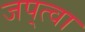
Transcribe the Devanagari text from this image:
जप्‌त्वा